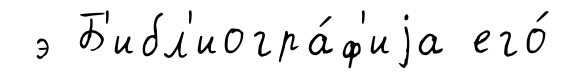
э Б'ибл'иогра́ф'иjа его́